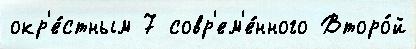
окр'е́стным 7 совр'ем'е́нного Второ́й